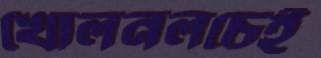
খোলনলচেই